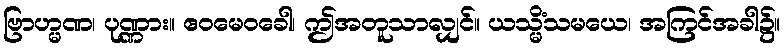
ဗြာဟ္မဏ၊ ပုဏ္ဏား။ ဧဝမေဝခေါ၊ ဤအတူသာလျှင်။ ယသ္မိံသမယေ၊ အကြင်အခါ၌။